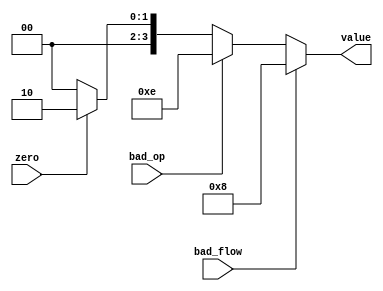
`timescale 1ns / 1ps
//////////////////////////////////////////////////////////////////////////////////
// Company: 
// Engineer: 
// 
// Design Name: 
// Module Name: error_display
// Project Name: 
// Target Devices: 
// Tool Versions: 
// Description: 
// 
// Dependencies: 
// 
// Revision:
// Revision 0.01 - File Created
// Additional Comments:
// 
//////////////////////////////////////////////////////////////////////////////////


module error_display(
    output [3:0] value,
    input bad_flow,
    input bad_op,
    input zero
    );

    assign value = bad_flow ? 4'b1000 : (bad_op ? 4'b1110 : (zero ? 4'b0010 : 4'b0000));
endmodule